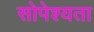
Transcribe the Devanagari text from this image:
सोपेश्यता